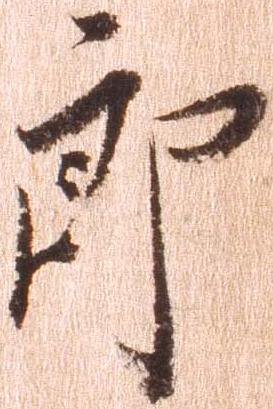
郎